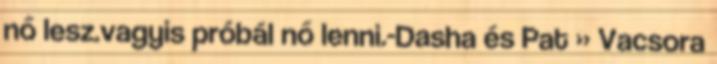
nő lesz.vagyis próbál nő lenni.-Dasha és Pat » Vacsora